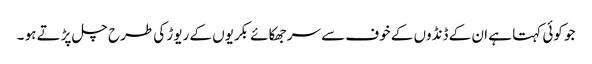
جو کوئی کہتا ہے ان کے ڈنڈوں کے خوف سے سر جھکائے بکریوں کے ریوڑ کی طرح چل پڑتے ہو ۔